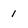
Character: 1